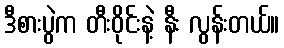
ဒီစားပွဲက တီးဝိုင်းနဲ့ နီး လွန်းတယ်။